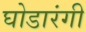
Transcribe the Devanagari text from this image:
घोडारंगी